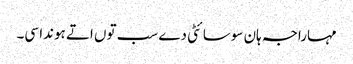
مہاراجہ ہان سوسائٹی دے سب توں اتے ہوندا سی۔